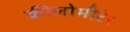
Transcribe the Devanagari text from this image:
कीलोमीटेर